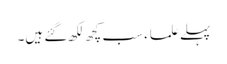
پہلے علماء سب کچھ لکھ گئے ہیں۔